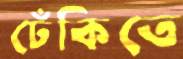
ঢেঁকিতে